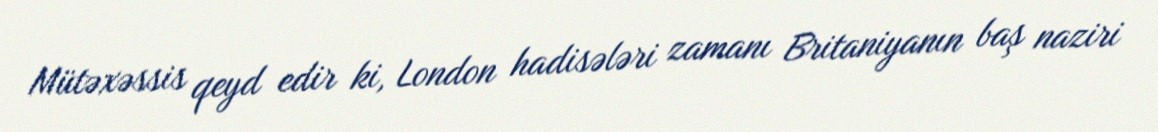
Mütəxəssis qeyd edir ki, London hadisələri zamanı Britaniyanın baş naziri